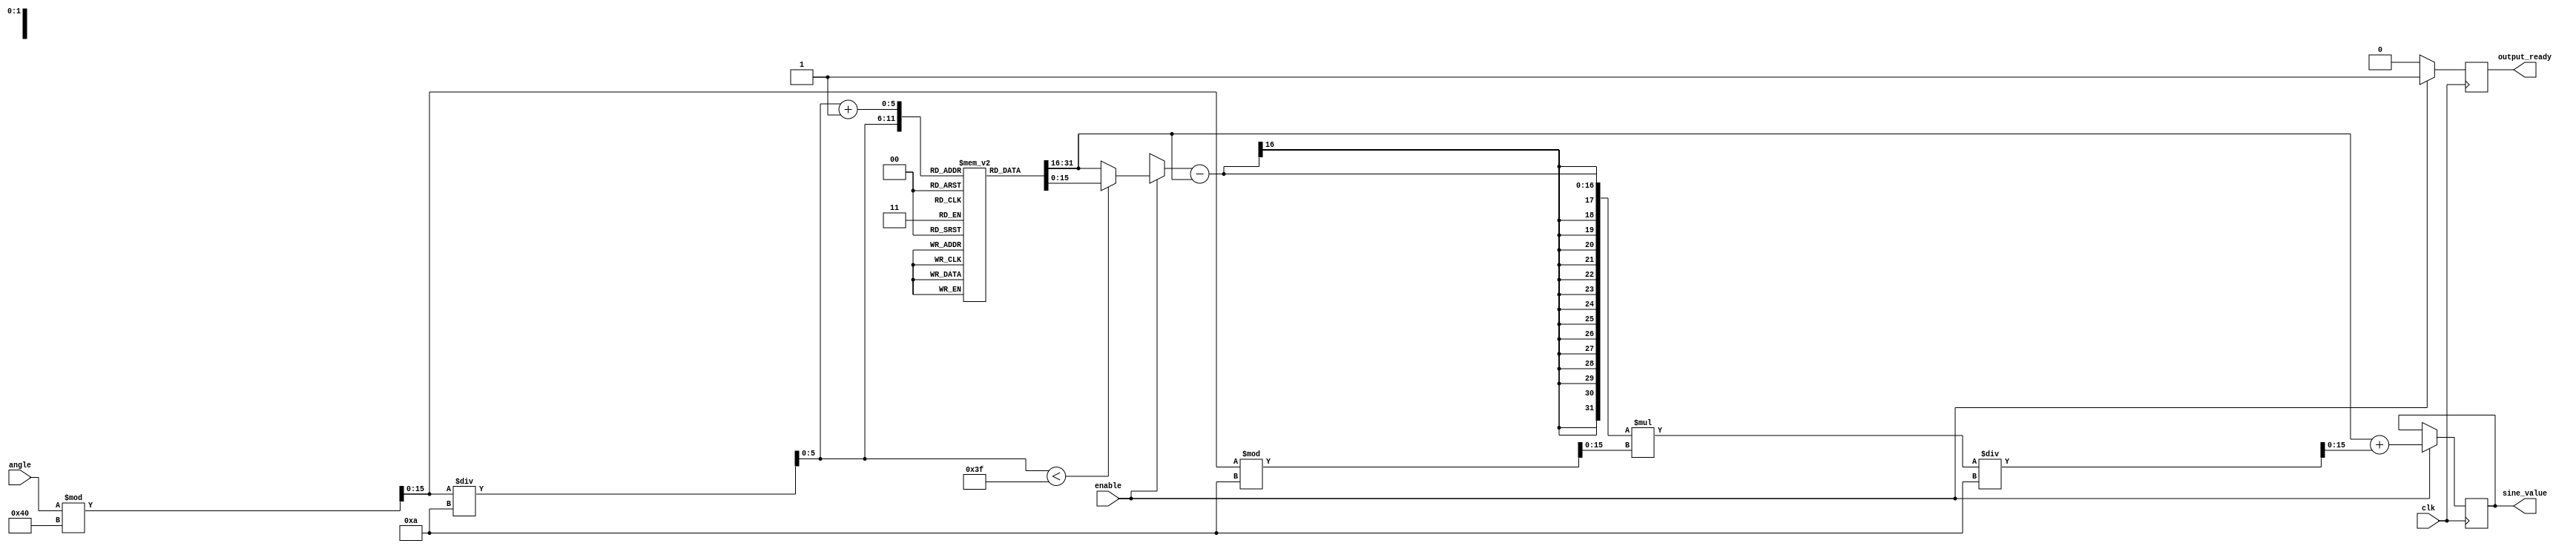
module sine_block (
    input wire clk,
    input wire enable,
    input wire [15:0] angle,      // Input angle in fixed-point representation (16 bits)
    output reg [15:0] sine_value,  // Output sine value in fixed-point representation (16 bits)
    output reg output_ready        // Indicates that the output is valid
);
    
    // Constants
    localparam LUT_SIZE = 63;      // Size of the LUT (0 to 6.3 radians)
    localparam LUT_WIDTH = 16;     // Width of LUT values
    localparam ANGLE_RESOLUTION = 10; // Resolution in tenths of radians (0.1 radians)
    
    // Sine Lookup Table (precomputed values for sine)
    reg [LUT_WIDTH-1:0] sine_lut [0:LUT_SIZE];
    
    // Initialize LUT values
    initial begin
        sine_lut[0] = 16'h0000;   // sin(0.0) = 0.0
        sine_lut[1] = 16'h199A;   // sin(0.1) ~ 0.09983
        sine_lut[2] = 16'h32D4;   // sin(0.2) ~ 0.19867
        // Add more LUT values here up to sine_lut[LUT_SIZE]
        // Example: sine_lut[63] = 16'h0000; // sin(6.3) ~ 0.0
    end

    // Internal signals
    reg [15:0] angle_normalized;
    reg [5:0] lut_index;
    reg [15:0] sine_a, sine_b; // Sine values for interpolation
    reg [15:0] frac_part;       // Fractional part for interpolation
    reg [5:0] lut_index_next;
    
    // Angle normalization and LUT access
    always @(posedge clk) begin
        if (enable) begin
            // Normalize angle to the range [0, 2] (0 to 6.283)
            angle_normalized = angle % 64; // For simplicity, we normalize based on LUT size
            
            // Calculate LUT index and fractional part
            lut_index = angle_normalized / ANGLE_RESOLUTION; // Integer part
            frac_part = (angle_normalized % ANGLE_RESOLUTION); // Fractional part
            
            // Get LUT values
            sine_a = sine_lut[lut_index];
            if (lut_index < LUT_SIZE) begin
                sine_b = sine_lut[lut_index + 1];
            end else begin
                sine_b = sine_lut[lut_index]; // Wrap around if needed
            end
            
            // Linear interpolation
            sine_value = sine_a + ((sine_b - sine_a) * frac_part) / ANGLE_RESOLUTION;
            output_ready <= 1; // Set output ready
        end else begin
            output_ready <= 0; // Reset output ready if not enabled
        end
    end

endmodule